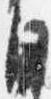
自